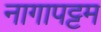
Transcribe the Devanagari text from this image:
नागापट्टम